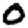
Digit: 0